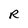
Character: R